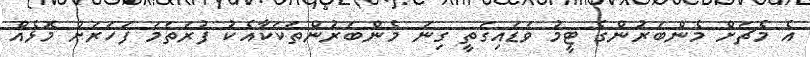
އެ މެޗަށް މެންބަރުންގެ ޓީމު ވަޑައިގަތީ ގިނަ މެންބަރުންތަކަކާއެކު ފުރަތަމަ ފަހަރަށް މޮޅެއް